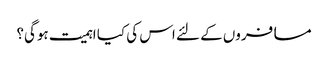
مسافروں کے لئے اس کی کیا اہمیت ہوگی؟